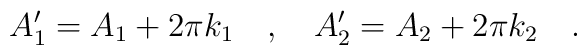
A'_1=A_1+2\pi k_1\ \ \ ,\ \ \ A'_2=A_2+2\pi k_2\ \ \ .